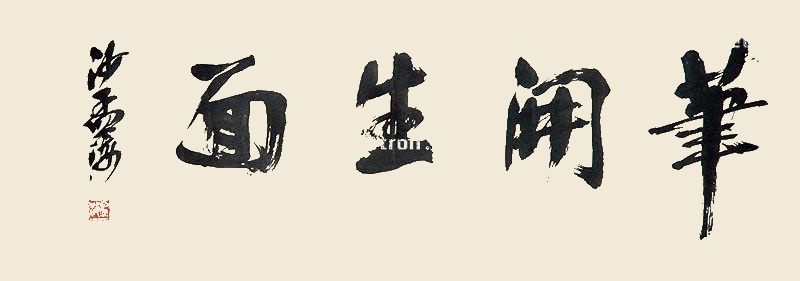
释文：笔开生面沙孟海